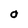
Character: O